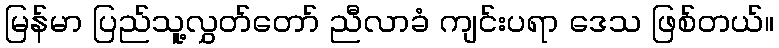
မြန်မာ ပြည်သူ့လွှတ်တော် ညီလာခံ ကျင်းပရာ ဒေသ ဖြစ်တယ်။